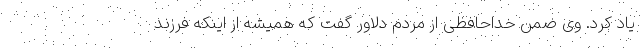
یاد کرد. وی ضمن خداحافظی از مردم دلاوِر گفت که همیشه از اینکه فرزند